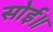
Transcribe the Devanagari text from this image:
सोई॥